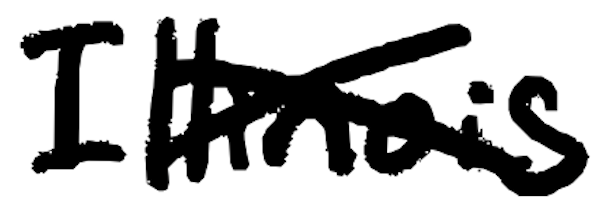
Text: Illinois
Cross-out: mix
Writing tool: digital_black